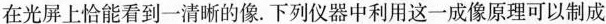
在光屏上恰能看到一清晰的像。下列仪器中利用这一成像原理可以制成